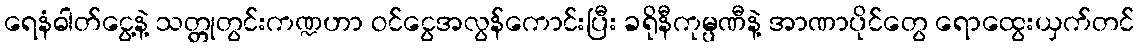
ရေနံဓါတ်ငွေ့နဲ့ သတ္တုတွင်းကဏ္ဍဟာ ဝင်ငွေအလွန်ကောင်းပြီး ခရိုနီကုမ္ပဏီနဲ့ အာဏာပိုင်တွေ ရောထွေးယှက်တင်